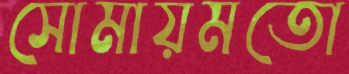
সোমায়মতো